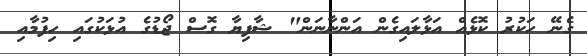
ގެނޭ ހަކުރު ކޮޅެއް އަޅާލައިގެން އަންނާނަން" ޝާފިޔާ ގޮސް ޖޯޑުގެ އުޅަކުގައި ހިފުމާއި